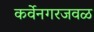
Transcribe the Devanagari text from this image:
कर्वेनगरजवळ